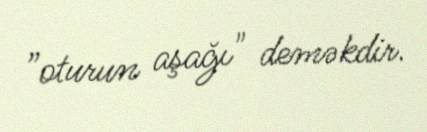
”oturun aşağı" deməkdir.